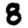
Digit: 8